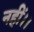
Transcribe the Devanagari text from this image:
नहीं।।